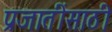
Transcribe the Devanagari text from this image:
प्रजातींसाठी